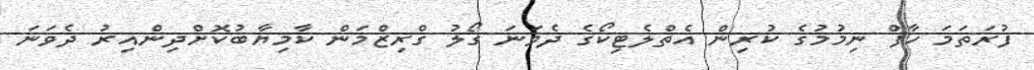
ފުރަތަމަ ހާފް ނިމުމުގެ ކުރިން އެތްލެޓިކޯގެ ދެވަނަ ގޯލު ގްރިޒްމަން ކާމިޔާބުކޮށްދިންއިރު ދެވަނަ